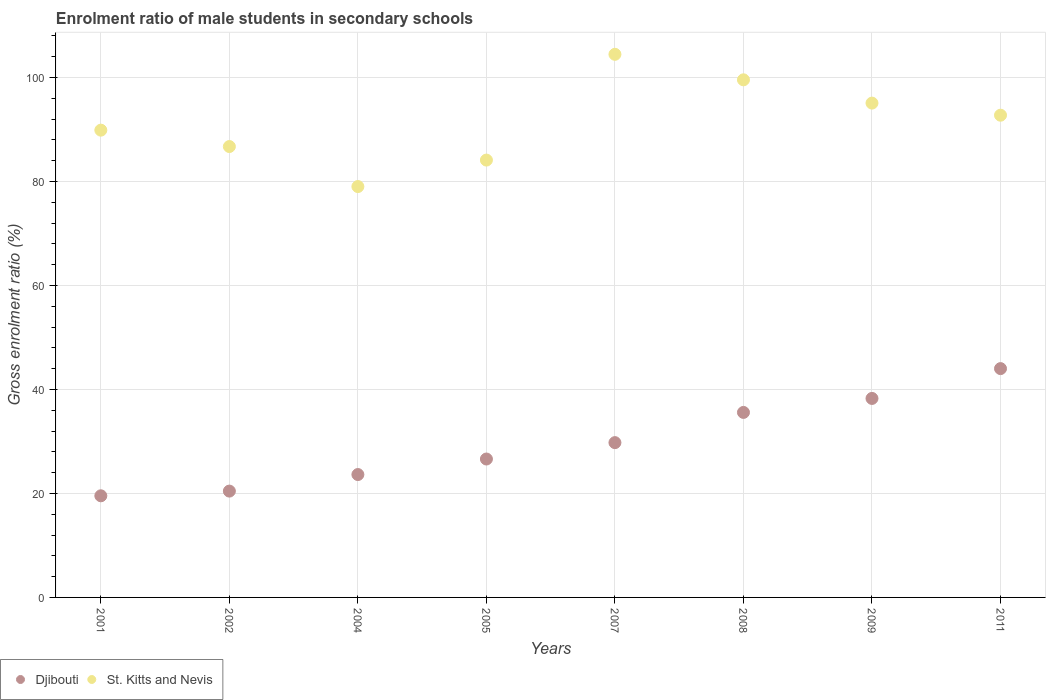
| Years | Djibouti | St. Kitts and Nevis |
 | --- | --- | --- |
 | 2001 | 19.5 | 89.9 |
 | 2002 | 20.4 | 86.7 |
 | 2004 | 23.6 | 79 |
 | 2005 | 26.6 | 84.1 |
 | 2007 | 29.8 | 104 |
 | 2008 | 35.6 | 99.5 |
 | 2009 | 38.3 | 95.1 |
 | 2011 | 44 | 92.7 |